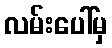
လမ်းပေါ်မှ